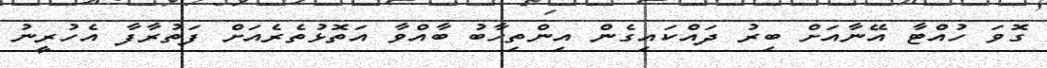
ގޮވަ ހުއްޓާ އޭނާއަށް ބިރު ދައްކައިގެން އިންތިހާބު ބާއްވާ އަތޮޅުތެރެއަށް ފަތުރާފާ އެހުރީނު